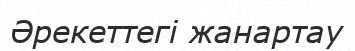
Әрекеттегі жанартау